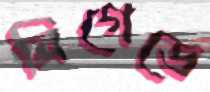
ব্রিগেডে